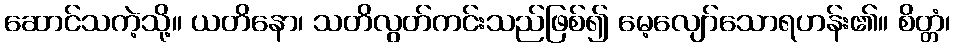
ဆောင်သကဲ့သို့။ ယတိနော၊ သတိလွတ်ကင်းသည်ဖြစ်၍ မေ့လျော်သောရဟန်း၏။ စိတ္တံ၊